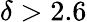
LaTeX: \delta>2.6